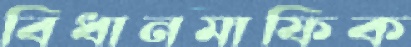
বিধানমাফিক